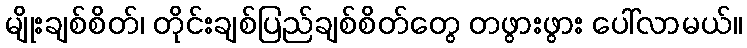
မျိုးချစ်စိတ်၊ တိုင်းချစ်ပြည်ချစ်စိတ်တွေ တဖွားဖွား ပေါ်လာမယ်။